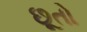
છૂતો